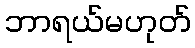
ဘာရယ်မဟုတ်